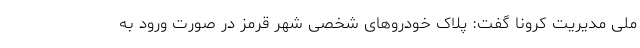
ملی مدیریت کرونا گفت: پلاک خودروهای شخصی شهر قرمز در صورت ورود به